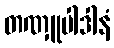
တဏှူပါဒါနံ